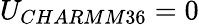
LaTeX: U_{CHARMM36}=0